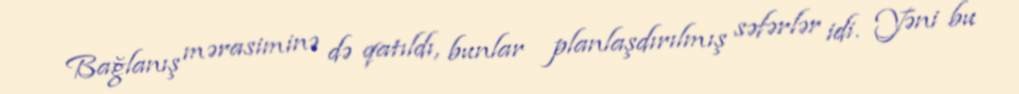
Bağlanış mərasiminə də qatıldı, bunlar planlaşdırılmış səfərlər idi. Yəni bu